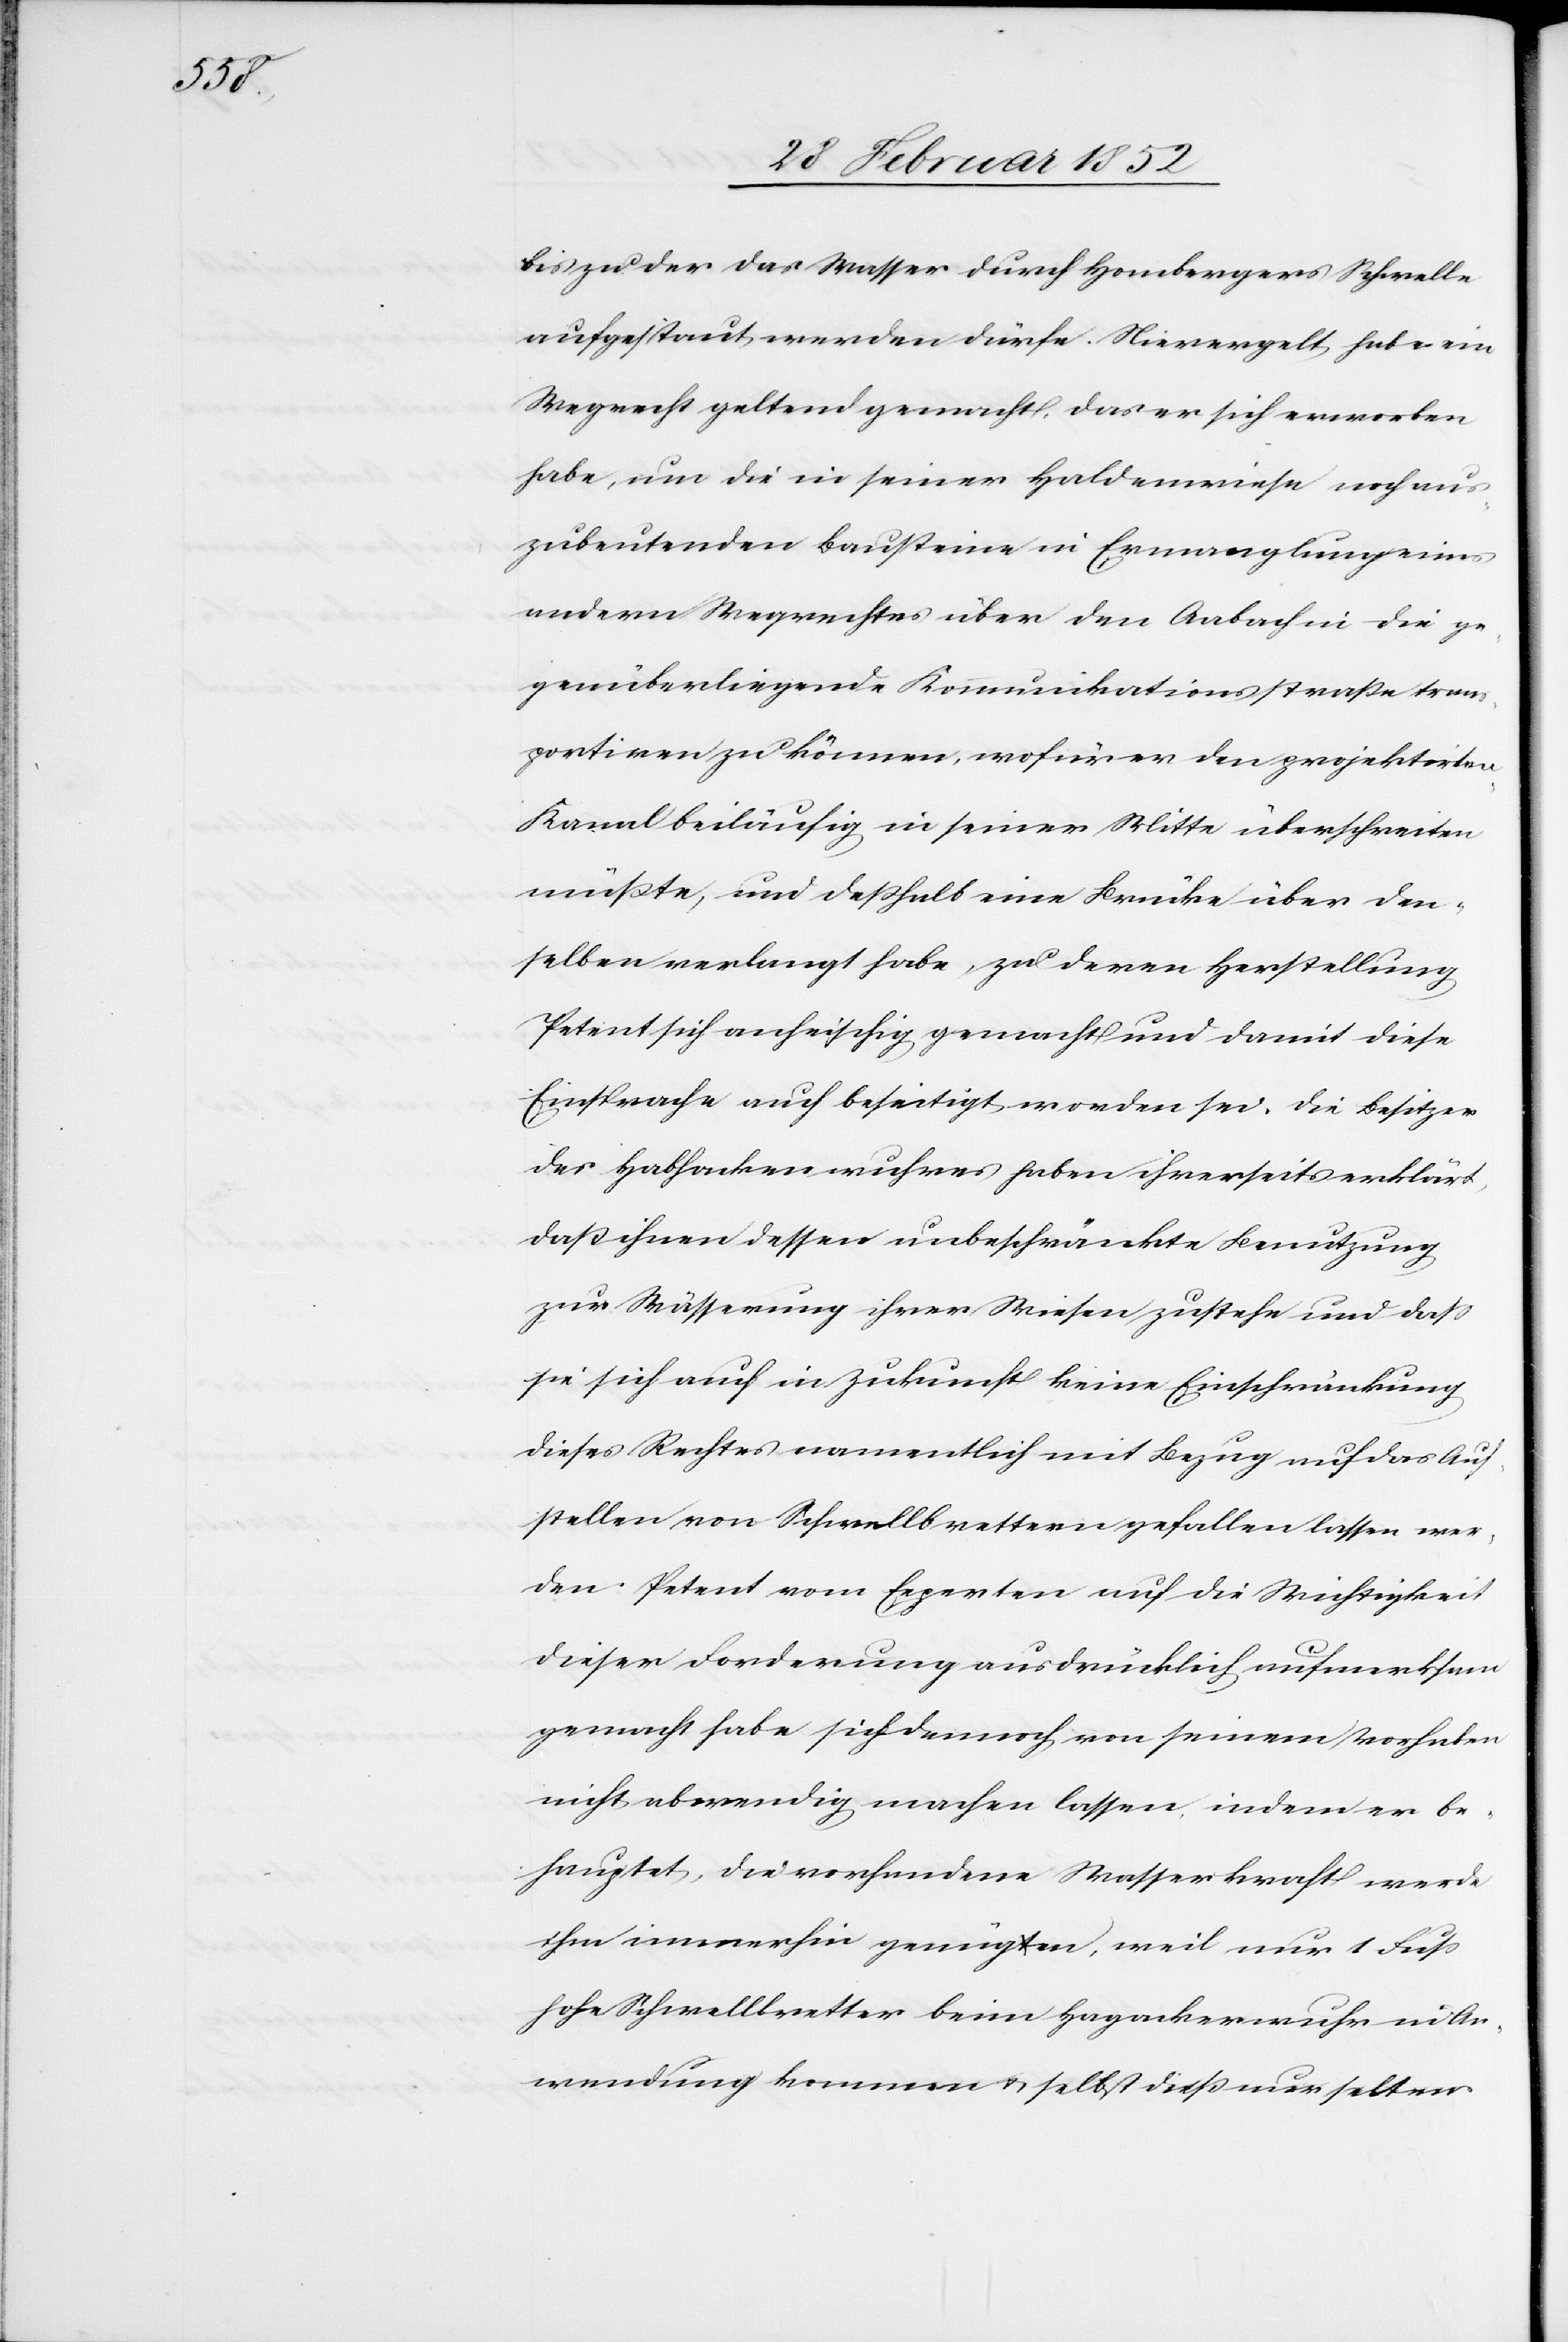
bis zu der das Wasser durch Hombergers Schwelle
aufgestaut werden dürfe. Nievergelt hat ein
Wegrecht geltend gemacht, das er sich erworben
habe, um die in seiner Haldenwiese noch aus¬
zubeutenden Bausteine in Ermanglung eines
andern Wegrechtes über den Aabach in die ge¬
genüberliegende Kommunikationsstraße trans¬
portiren zu können, wofür er den projektirten
Kanal beiläufig in seiner Mitte überschreiten
müßte, und deßhalb eine Brücke über den¬
selben verlangt habe, zu deren Herstellung
Petent sich anheischig gemacht und damit diese
Einsprache auch beseitigt worden sei. Die Besitzer
des Habhackenwuhres [sic!] haben ihrerseits erklärt,
daß ihnen dessen unbeschränkte Benutzung
zur Wässerung ihrer Wiesen zustehe und daß
sie sich auch in Zukunft keine Einschränkung
dieses Rechtes namentlich mit Bezug auf das Auf¬
stellen von Schwellbrettern gefallen lassen wer¬
den. Petent vom Experten auf die Wichtigkeit
dieser Forderung ausdrücklich aufmerksam
gemacht habe sich dennoch von seinem Vorhaben
nicht abwendig machen lassen, indem er be¬
hauptet, die vorhandene Wasserkraft werde
ihm immerhin genügen, weil nur 1 Fuß
hohe Schwellbretter beim Hagackerwuhr in An¬
wendung kommen u. selbst dieß nur selten.